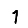
Digit: 1